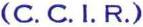
(C. C. I. R.)